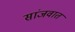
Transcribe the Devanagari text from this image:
सांजवात